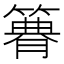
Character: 𥳫